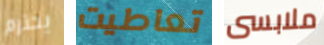
يحترم تعاطيت ملابسى